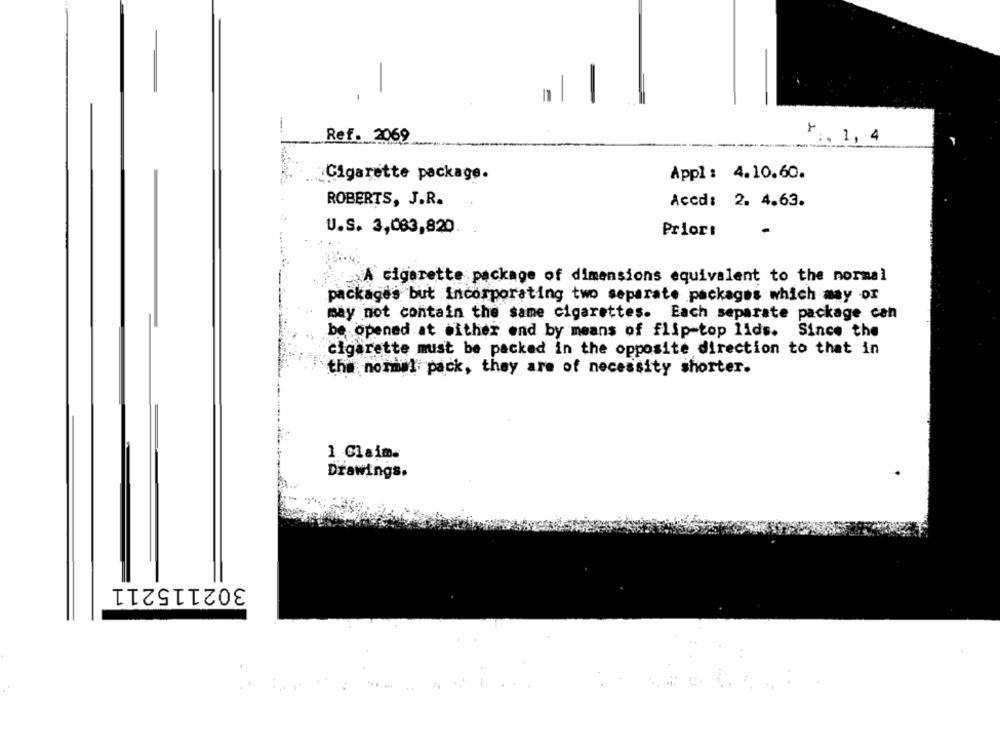
Ref. 2069
r :. 1, 4
Cigarette package.
Appl : 4.10.60.
ROBERTS, J.R.
Accd: 2. 4.63.
U.S. 3,083,820.
Priori
A cigarette package of dimensions equivalent to the normal
packages but incorporating two separate packages which may or
may not contain the same cigarettes. Each separate package can
be opened at wither end by means of flip-top lids. Since the
cigarette must be packed in the opposite direction to that in
the nommal pack, they are of necessity shorter.
1 Claim.
Drawings.
302115211
. ..